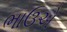
ભાઉએ